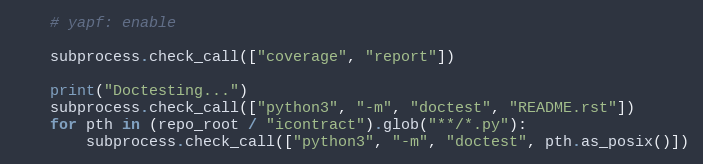
Language: Python
    # yapf: enable

    subprocess.check_call(["coverage", "report"])

    print("Doctesting...")
    subprocess.check_call(["python3", "-m", "doctest", "README.rst"])
    for pth in (repo_root / "icontract").glob("**/*.py"):
        subprocess.check_call(["python3", "-m", "doctest", pth.as_posix()])